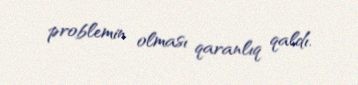
problemin olması qaranlıq qaldı.